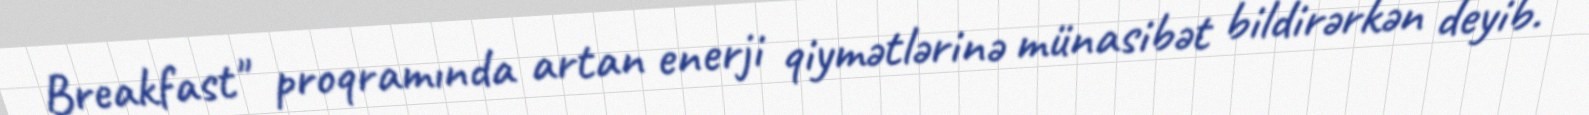
Breakfast" proqramında artan enerji qiymətlərinə münasibət bildirərkən deyib.